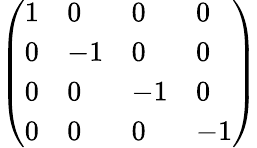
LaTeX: \left(\begin{array}{llll}{1}&{0}&{0}&{0}\\ {0}&{-1}&{0}&{0}\\ {0}&{0}&{-1}&{0}\\ {0}&{0}&{0}&{-1}\end{array}\right)